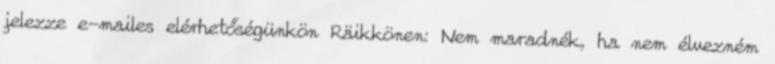
jelezze e-mailes elérhetőségünkön Räikkönen: Nem maradnék, ha nem élvezném